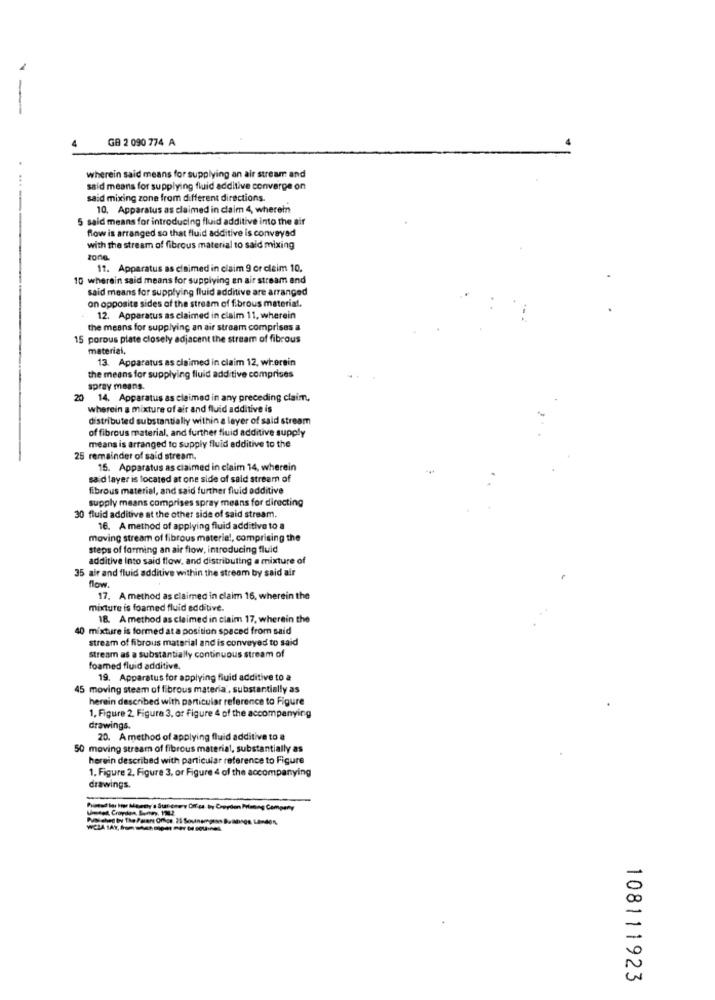
-
GB 2 090 774 A
wherein said means for supplying an air stream and
said means for supplying fluid additive converge on
said mixing zone from different directions.
10. Apparatus as claimed in claim 4, wherein
5 said means for introducing fluid additive into the air
flow is arranged so that fluid additive is convayad
.--
with the stream of fibrous material to said mixing
zone.
12. Apparatus as cinimed in claim 9 or claim 10.
10 wherein said means for supplying an air stream and
said means for supplying fluid additive are arranged
on opposite sides of the stream of f.brous material.
12. Apparatus as claimed in claim 11, wherein
the means for supplying an air stream comprises a
15 porous plate closely adjacent the stream of fibrous
material,
13. Apparatus as claimed in claim 12, wherein
the means for supplying fluid additive comprises
spray means.
20 14. Apparatus as claimed in any preceding claim,
wherein a mixture of air and fluid additive is
distributed substantially within a layer of said stream
of fibrous material, and further fluid additive supply
means is arranged to supply fluid additive to the
25 remainder of said stream.
15. Apparatus as claimed in claim 14, wherein
said layer is located at one side of sald stream of
fibrous material, and said further fluid additive
supply means comprises spray means for directing
30 fluid additive at the other side of said stream.
16. A method of applying fluid additive to a
moving stream of fibrous materia !, comprising the
steps of farming an air flow, introducing fluid
additive Into said flow, and distributing a mixture of
35 air and fluid additive within the stream by said air
flow.
17. A method as claimed in claim 16, wherein the
mixture is foamed fluid additive.
18. A method as claimed in claim 17, wherein the
mixture is formed at a position spaced from said
stream of fibrous material and is conveyed to said
Stream as a substantially continuous stream of
foamed fluid additive.
19. Apparatus for applying fluid additive to a
45 moving steam of fibrous materia, substantially as
herein described with particular reference to Figure
1. Figure 2. Figure 3, or Figure 4 of the accompanying
drawings.
20. Amethod of applying fluid additive to a
50 moving stream of fibrous material, substantially as
herein described with particular reference to Figure
1. Figure 2. Figure 3, or Figure 4 of the accompanying
drawings.
Ummeet, Croydon, Soumey, 1202
108111923